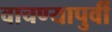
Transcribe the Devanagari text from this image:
वाचण्यापुर्वी